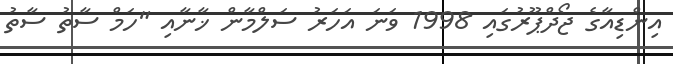
އިންޑިއާގެ ޖޯދްޕޫރުގައި 1998 ވަނަ އަހަރު ސަލްމާން ޚާނާއި "ހަމް ސާތު ސާތު